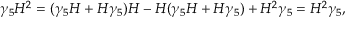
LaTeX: \gamma _ { 5 } H ^ { 2 } = ( \gamma _ { 5 } H + H \gamma _ { 5 } ) H - H ( \gamma _ { 5 } H + H \gamma _ { 5 } ) + H ^ { 2 } \gamma _ { 5 } = H ^ { 2 } \gamma _ { 5 } ,